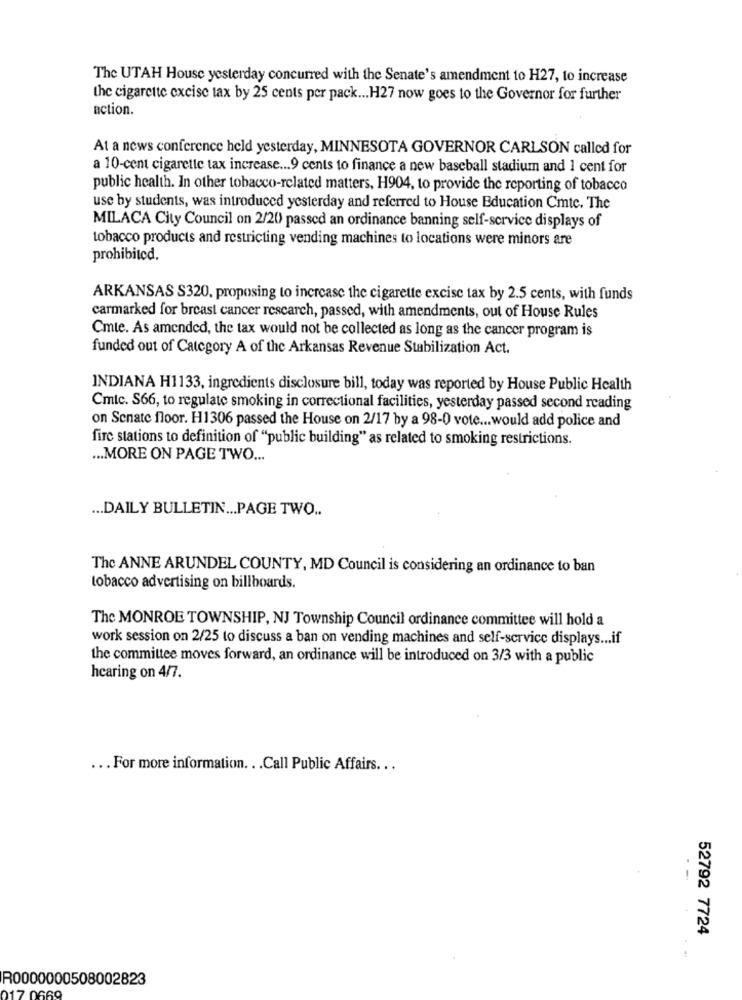
The UTAH House yesterday concurred with the Senate's amendment to H27, to increase
the cigarette excise tax by 25 cents per pack ... H27 now goes to the Governor for further
action.
At a news conference held yesterday, MINNESOTA GOVERNOR CARLSON called for
a 10-cent cigarette tax increase ... 9 cents to finance a new baseball stadium and 1 cent for
public health. In other tobacco-related matters, H904, to provide the reporting of tobacco
use by students, was introduced yesterday and referred to House Education Cmte. The
MILACA City Council on 2/20 passed an ordinance banning self-service displays of
tobacco products and restricting vending machines to locations were minors are
prohibited.
ARKANSAS S320, proposing to increase the cigarette excise tax by 2.5 cents, with funds
carmarked for breast cancer research, passed, with amendments, out of House Rules
Cmte. As amended, the tax would not be collected as long as the cancer program is
funded out of Category A of the Arkansas Revenue Stabilization Act.
INDIANA H1133, ingredients disclosure bill, today was reported by House Public Health
Cmtc. S66, to regulate smoking in correctional facilities, yesterday passed second reading
on Senate floor. H1306 passed the House on 2/17 by a 98-0 vote ... would add police and
fire stations to definition of "public building" as related to smoking restrictions.
... MORE ON PAGE TWO ...
... DAILY BULLETIN ... PAGE TWO ..
The ANNE ARUNDEL COUNTY, MD Council is considering an ordinance to ban
tobacco advertising on billboards.
The MONROE TOWNSHIP, NJ Township Council ordinance committee will hold a
work session on 2/25 to discuss a ban on vending machines and self-service displays ... if
the committee moves forward, an ordinance will be introduced on 3/3 with a public
hearing on 4/7.
... For more information .. . Call Public Affairs ...
52792 7724
R0000000508002823
17 0669